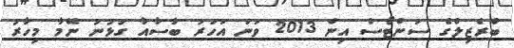
ބްރެޒިލްގެ ސަންޓޯސް އިން 2013 ވަނަ އަހަރު ބާސާއާ ގުޅުނު ނޭމާ މިހާރު